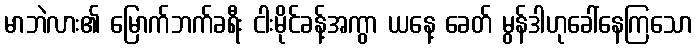
မာဘဲလား၏ မြောက်ဘက်ခရီး ငါးမိုင်ခန့်အကွာ ယနေ့ ခေတ် မွန်ဒါဟုခေါ်နေကြသော